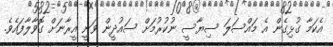
އެކަމާ ގުޅިގެން އެ މައްސަލަ ސިޔާސީ ނުކުރުމަށް ސައުދީން ވަނީ އީރާނަށް ގޮވާލާފައެވެ.